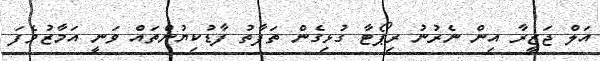
އަލް ޖަޒީރާ އިން ނެރުނު ރިޕޯޓާ ގުޅިގެން ތަފާތު ފާޑުކިޔުންތައް ވަނީ އަމާޒުވެފަ